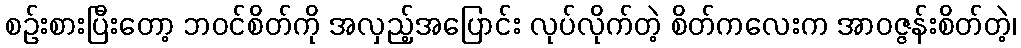
စဉ်းစားပြီးတော့ ဘဝင်စိတ်ကို အလှည့်အပြောင်း လုပ်လိုက်တဲ့ စိတ်ကလေးက အာဝဇ္ဇန်းစိတ်တဲ့၊